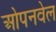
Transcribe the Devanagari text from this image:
ओपनवेल